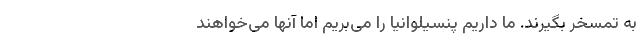
به تمسخر بگیرند. ما داریم پنسیلوانیا را می‌بریم اما آنها می‌خواهند